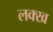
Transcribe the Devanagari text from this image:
लक्ख